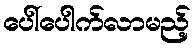
ပေါ်ပေါက်လာမည့်